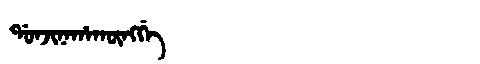
Manchu: ᡩᠣᠨᠵᡳᠨᠠᡥᠠᡴᡡᠩᡤᡝ
Romanization: DONJINAHAKŪNGGE